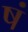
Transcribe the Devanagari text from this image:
षं